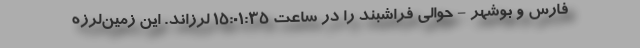
فارس و بوشهر - حوالی فراشبند را در ساعت ۱۵:۰۱:۳۵ لرزاند. این زمین‌لرزه